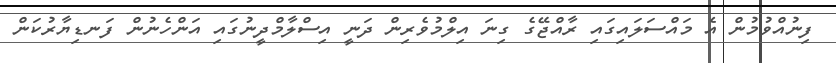
ފިނުއްވުމުން އެ މައްސަލައިގައި ރާއްޖޭގެ ގިނަ އިލްމުވެރިން ދަނީ އިސްލާމްދީނުގައި އަންހެނުން ފަނޑިޔާރުކަން